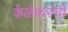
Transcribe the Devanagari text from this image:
केळेकरंची